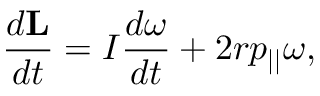
{ \frac { d \mathbf { L } } { d t } } = I { \frac { d { \boldsymbol { \omega } } } { d t } } + 2 r p _ { | | } { \boldsymbol { \omega } } ,